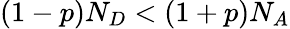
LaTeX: (1-p)N_{D}<(1+p)N_{A}